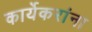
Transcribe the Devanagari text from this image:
कार्येकरांना